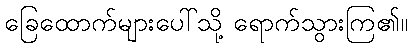
ခြေထောက်များပေါ်သို့ ရောက်သွားကြ၏။